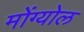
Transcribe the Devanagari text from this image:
मोंग्योल